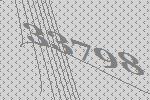
33798